Annual administration report of the Civil Veterinary Department of India - 1896-1897
Year: 1896
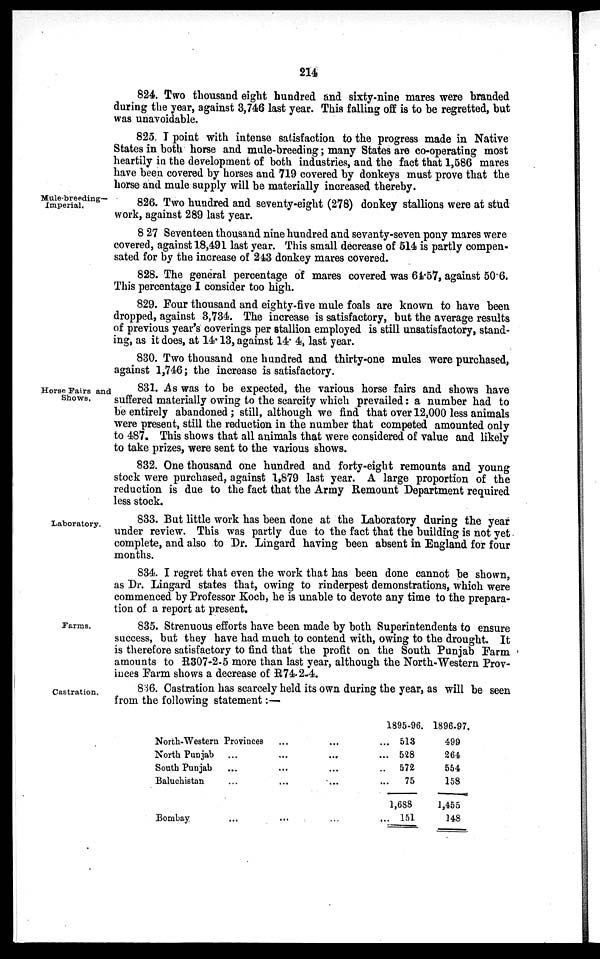
214
824. Two thousand eight hundred and sixty-nine mares were branded
during the year, against 3,746 last year. This falling off is to be regretted, but
was unavoidable.
825. I point with intense satisfaction to the progress made in Native
States in both horse and mule-breeding; many States are co-operating most
heartily in the development of both industries, and the fact that 1,586 mares
have been covered by horses and 719 covered by donkeys must prove that the
horse and mule supply will be materially increased thereby.
Mule-breeding—
Imperial.
826. Two hundred and seventy-eight (278) donkey stallions were at stud
work, against 289 last year.
827 Seventeen thousand nine hundred and seventy-seven pony mares were
covered, against 18,491 last year. This small decrease of 514 is partly compen-
sated for by the increase of 243 donkey mares covered.
828. The general percentage of mares covered was 64.57, against 50.6.
This percentage I consider too high.
829. Four thousand and eighty-five mule foals are known to have been
dropped, against 3,734. The increase is satisfactory, but the average results
of previous year's coverings per stallion employed is still unsatisfactory, stand-
ing, as it does, at 14.13, against 14. 4, last year.
830. Two thousand one hundred and thirty-one mules were purchased,
against 1,746; the increase is satisfactory.
Horse Pairs and
Shows,
831. As was to be expected, the various horse fairs and shows have
suffered materially owing to the scarcity which prevailed: a number had to
be entirely abandoned; still, although we find that over 12,000 less animals
were present, still the reduction in the number that competed amounted only
to 487. This shows that all animals that were considered of value and likely
to take prizes, were sent to the various shows.
832. One thousand one hundred and forty-eight remounts and young
stock were purchased, against 1,879 last year. A large proportion of the
reduction is due to the fact that the Army Remount Department required
less stock.
Laboratory.
833. But little work has been done at the Laboratory during the year
under review. This was partly due to the fact that the building is not yet
complete, and also to Dr. Lingard having been absent in England for four
months.
834. I regret that even the work that has been done cannot be shown,
as Dr. Lingard states that, owing to rinderpest demonstrations, which were
commenced by Professor Koch, he is unable to devote any time to the prepara-
tion of a report at present.
Farms.
835. Strenuous efforts have been made by both Superintendents to ensure
success, but they have had much to contend with, owing to the drought. It
is therefore satisfactory to find that the profit on the South Punjab Farm
amounts to R307-2-5 more than last year, although the North-Western Prov-
inces Farm shows a decrease of R74-2-4.
Castration.
836. Castration has scarcely held its own during the year, as will be seen
from the following statement :—
North-Western Provinces
North Punjab ...
South Punjab ...
Baluchistan ...
...
...
...
...
...
...
...
...
Bombay ...
...
...
1895-96.
... 513
... 528
..
572
...
75
1,688
... 151
1896-97.
499
264
554
158
1,455
148